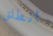
انطلق